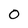
Character: O